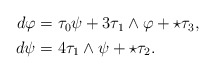
\begin{align*}\begin{aligned} d\varphi &= \tau_0 \psi + 3 \tau_1 \wedge \varphi + \star \tau_3, \\ d\psi &= 4 \tau_1 \wedge \psi + \star \tau_2.\end{aligned}\end{align*}